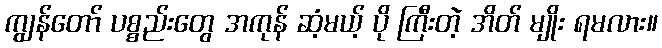
ကျွန်တော် ပစ္စည်းတွေ အကုန် ဆံ့မယ့် ပို ကြီးတဲ့ အိတ် မျိုး ရမလား။